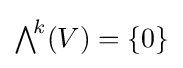
{\textstyle \bigwedge }^{\!k}(V)=\{0\}